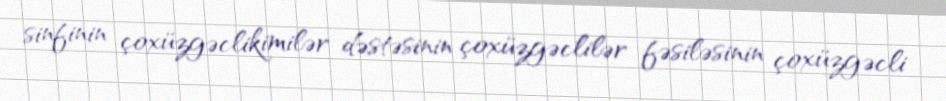
sinfinin çoxüzgəclikimilər dəstəsinin çoxüzgəclilər fəsiləsinin çoxüzgəcli